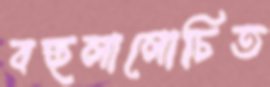
বহুলালোচিত